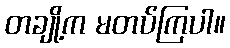
တချို့က မတပ်ကြပါ။